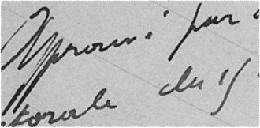
Approuvé par arrêté préfectoral du 11 novembre 1913